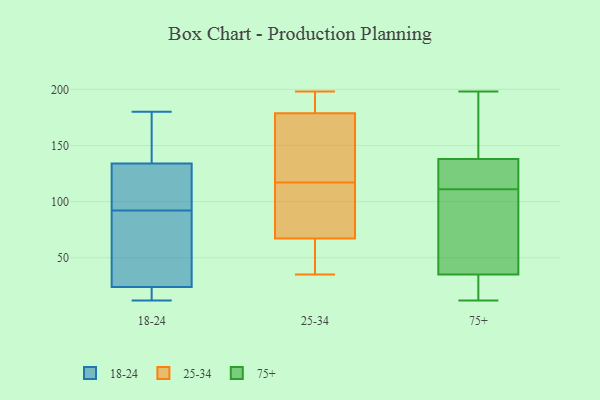
{"axis": {"x": "LTV (USD)", "y": "Value"}, "legend": ["18-24", "25-34", "75+"], "data": [{"x": "", "y": 158, "type": "18-24"}, {"x": "", "y": 92, "type": "18-24"}, {"x": "", "y": 90, "type": "18-24"}, {"x": "", "y": 62, "type": "18-24"}, {"x": "", "y": 132, "type": "18-24"}, {"x": "", "y": 25, "type": "18-24"}, {"x": "", "y": 180, "type": "18-24"}, {"x": "", "y": 12, "type": "18-24"}, {"x": "", "y": 123, "type": "18-24"}, {"x": "", "y": 19, "type": "18-24"}, {"x": "", "y": 21, "type": "18-24"}, {"x": "", "y": 140, "type": "18-24"}, {"x": "", "y": 99, "type": "18-24"}, {"x": "", "y": 35, "type": "25-34"}, {"x": "", "y": 181, "type": "25-34"}, {"x": "", "y": 109, "type": "25-34"}, {"x": "", "y": 74, "type": "25-34"}, {"x": "", "y": 60, "type": "25-34"}, {"x": "", "y": 65, "type": "25-34"}, {"x": "", "y": 172, "type": "25-34"}, {"x": "", "y": 195, "type": "25-34"}, {"x": "", "y": 117, "type": "25-34"}, {"x": "", "y": 198, "type": "25-34"}, {"x": "", "y": 197, "type": "25-34"}, {"x": "", "y": 155, "type": "25-34"}, {"x": "", "y": 49, "type": "25-34"}, {"x": "", "y": 101, "type": "25-34"}, {"x": "", "y": 160, "type": "25-34"}, {"x": "", "y": 12, "type": "75+"}, {"x": "", "y": 137, "type": "75+"}, {"x": "", "y": 171, "type": "75+"}, {"x": "", "y": 41, "type": "75+"}, {"x": "", "y": 190, "type": "75+"}, {"x": "", "y": 30, "type": "75+"}, {"x": "", "y": 198, "type": "75+"}, {"x": "", "y": 62, "type": "75+"}, {"x": "", "y": 28, "type": "75+"}, {"x": "", "y": 98, "type": "75+"}, {"x": "", "y": 139, "type": "75+"}, {"x": "", "y": 197, "type": "75+"}, {"x": "", "y": 37, "type": "75+"}, {"x": "", "y": 128, "type": "75+"}, {"x": "", "y": 136, "type": "75+"}, {"x": "", "y": 124, "type": "75+"}, {"x": "", "y": 33, "type": "75+"}, {"x": "", "y": 48, "type": "75+"}, {"x": "", "y": 129, "type": "75+"}, {"x": "", "y": 27, "type": "75+"}]}